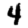
Digit: 4